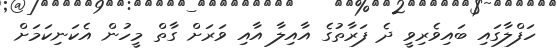
ހަފްލާގައި ބައިވެރިވީ ދެ ފަރާތުގެ އާއިލާ އާއި ވަރަށް ގާތް މީހުން އެކަނިކަމަށް